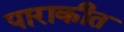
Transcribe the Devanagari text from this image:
पाराकीत